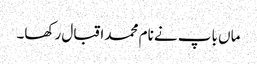
ماں باپ نے نام محمد اقبال رکھا۔